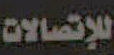
للإتصالات